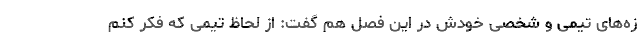
زه‌های تیمی و شخصی خودش در این فصل هم گفت: از لحاظ تیمی که فکر کنم